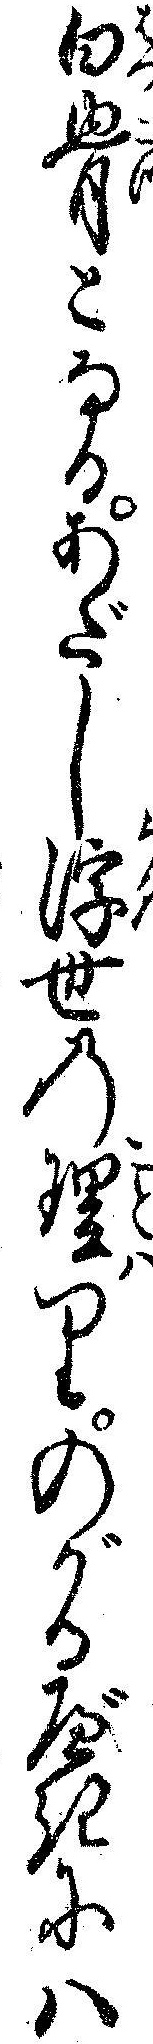
白骨となるあだし浮世の理りのがるべきにハ